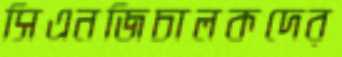
সিএনজিচালকদের